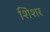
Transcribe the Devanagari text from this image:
शिशर